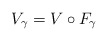
\begin{align*}V_\gamma=V \circ F_\gamma\end{align*}